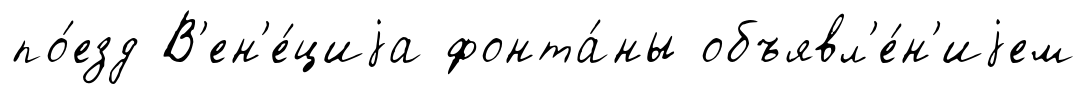
по́езд В'ен'е́циjа фонта́ны объявл'е́н'иjем